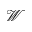
\mathcal { W }